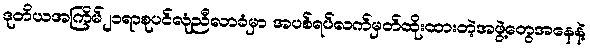
ဒုတိယအကြိမ်၂၁ရာစုပင်လုံညီလာခံမှာ အပစ်ရပ်လက်မှတ်ထိုးထားတဲ့အဖွဲ့တွေအနေနဲ့